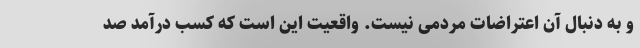
و به دنبال آن اعتراضات مردمی نیست. واقعیت این است که کسب درآمد صد